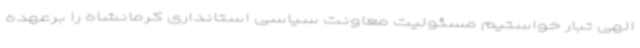
الهی تبار خواستیم مسئولیت معاونت سیاسی استانداری کرمانشاه را برعهده